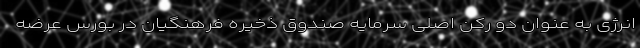
انرژی به عنوان دو رکن اصلی سرمایه صندوق ذخیره فرهنگیان در بورس عرضه